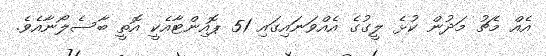
އެއް މެޗު މަދުން ކުޅެ ލީގުގެ އެއްވަނައިގައި 51 ޕޮއިންޓާއެކީ އޮތީ ބާސެލޯނާއެވެެ.